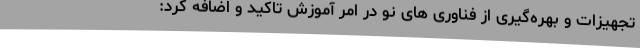
تجهیزات و بهره‌گیری از فناوری های نو در امر آموزش تاکید و اضافه کرد: